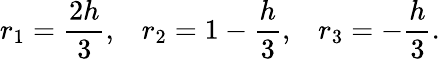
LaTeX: r_{1}=\frac{2h}{3},\; \; \; r_{2}=1-\frac{h}{3},\; \; \; r_{3}=-\frac{h}{3}.